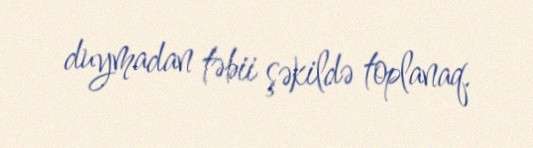
duymadan təbii şəkildə toplanaq.